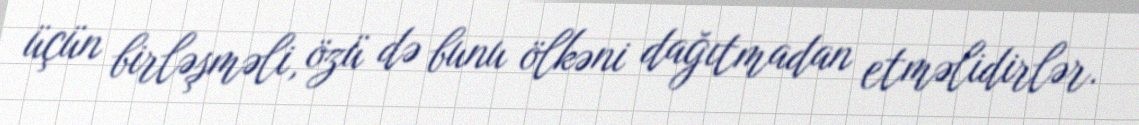
üçün birləşməli, özü də bunu ölkəni dağıtmadan etməlidirlər.